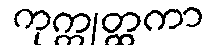
ကုက္ကုတ္ထကာ